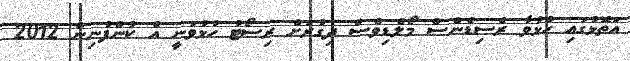
އަތޮޅުގައި ހުޅުވާ ރެސިޑެންސް މޯލްޑިވްސް ދިގުރަށް ރިސޯޓު ހުޅުވަނީ އެ ކުންފުނިން 2012